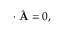
\begin{array} { r } { { \bf \nabla } \cdot \hat { \bf A } = 0 , } \end{array}